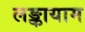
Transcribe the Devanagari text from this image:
लङ्कायाम